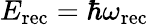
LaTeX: E_{\mathrm{rec}}=\hbar\omega_{\mathrm{rec}}